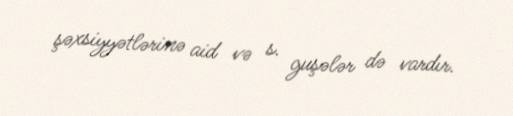
şəxsiyyətlərinə aid və s. guşələr də vardır.